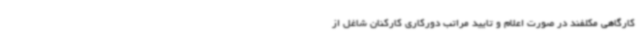
کارگاهی مکلفند در صورت اعلام و تایید مراتب دورکاری کارکنان شاغل از